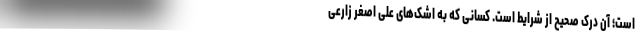
است؛ آن درک صحیح از شرایط است. کسانی که به اشک‌های علی اصغر زارعی